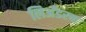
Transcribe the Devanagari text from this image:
लिअँडरचा